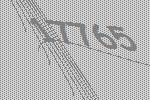
17765